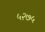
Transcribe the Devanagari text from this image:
५२७५